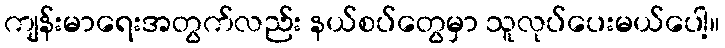
ကျန်းမာရေးအတွက်လည်း နယ်စပ်တွေမှာ သူလုပ်ပေးမယ်ပေါ့။